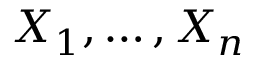
X _ { 1 } , \dots , X _ { n }